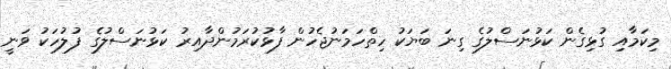
މިކަމާއި ގުޅިގެން ކަޅުނަސްލުގެ ގިނަ ބަޔަކު ހިތްހަމަނުޖެހުން ފާޅުކުރަމުންދާއިރު ކަޅުނަސްލުގެ ފުލުހަކު ވަނީ